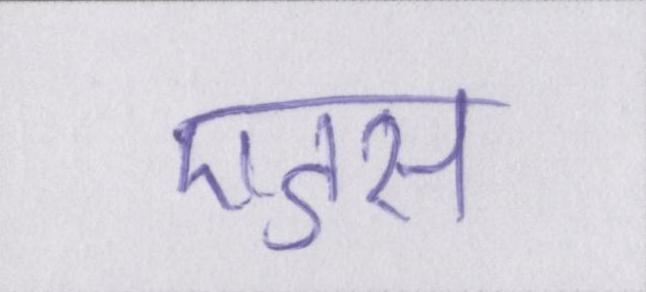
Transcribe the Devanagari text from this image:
एडस